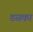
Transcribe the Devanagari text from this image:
डसका